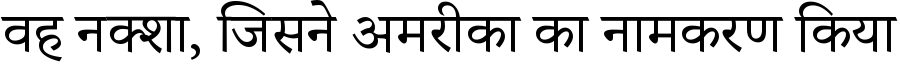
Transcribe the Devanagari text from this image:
वह नक्शा, जिसने अमरीका का नामकरण किया